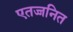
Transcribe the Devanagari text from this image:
एतज्जनित